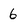
Character: 6